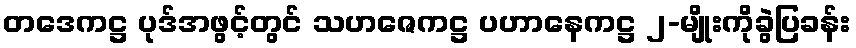
တဒေကဋ္ဌ ပုဒ်အဖွင့်တွင် သဟဇေကဋ္ဌ ပဟာနေကဋ္ဌ ၂-မျိုးကိုခွဲပြခန်း